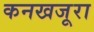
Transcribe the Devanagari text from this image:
कनखजूरा